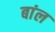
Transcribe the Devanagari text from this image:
बांल